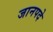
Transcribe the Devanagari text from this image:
जानपदे